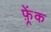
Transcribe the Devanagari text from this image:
फ़्रेंक